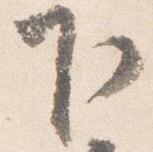
下